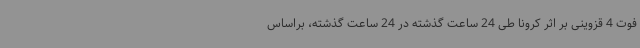
فوت 4 قزوینی بر اثر کرونا طی 24 ساعت گذشته در 24 ساعت گذشته، براساس